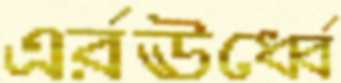
এর্রঊর্ধ্বে